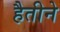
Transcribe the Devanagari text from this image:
हैतीने